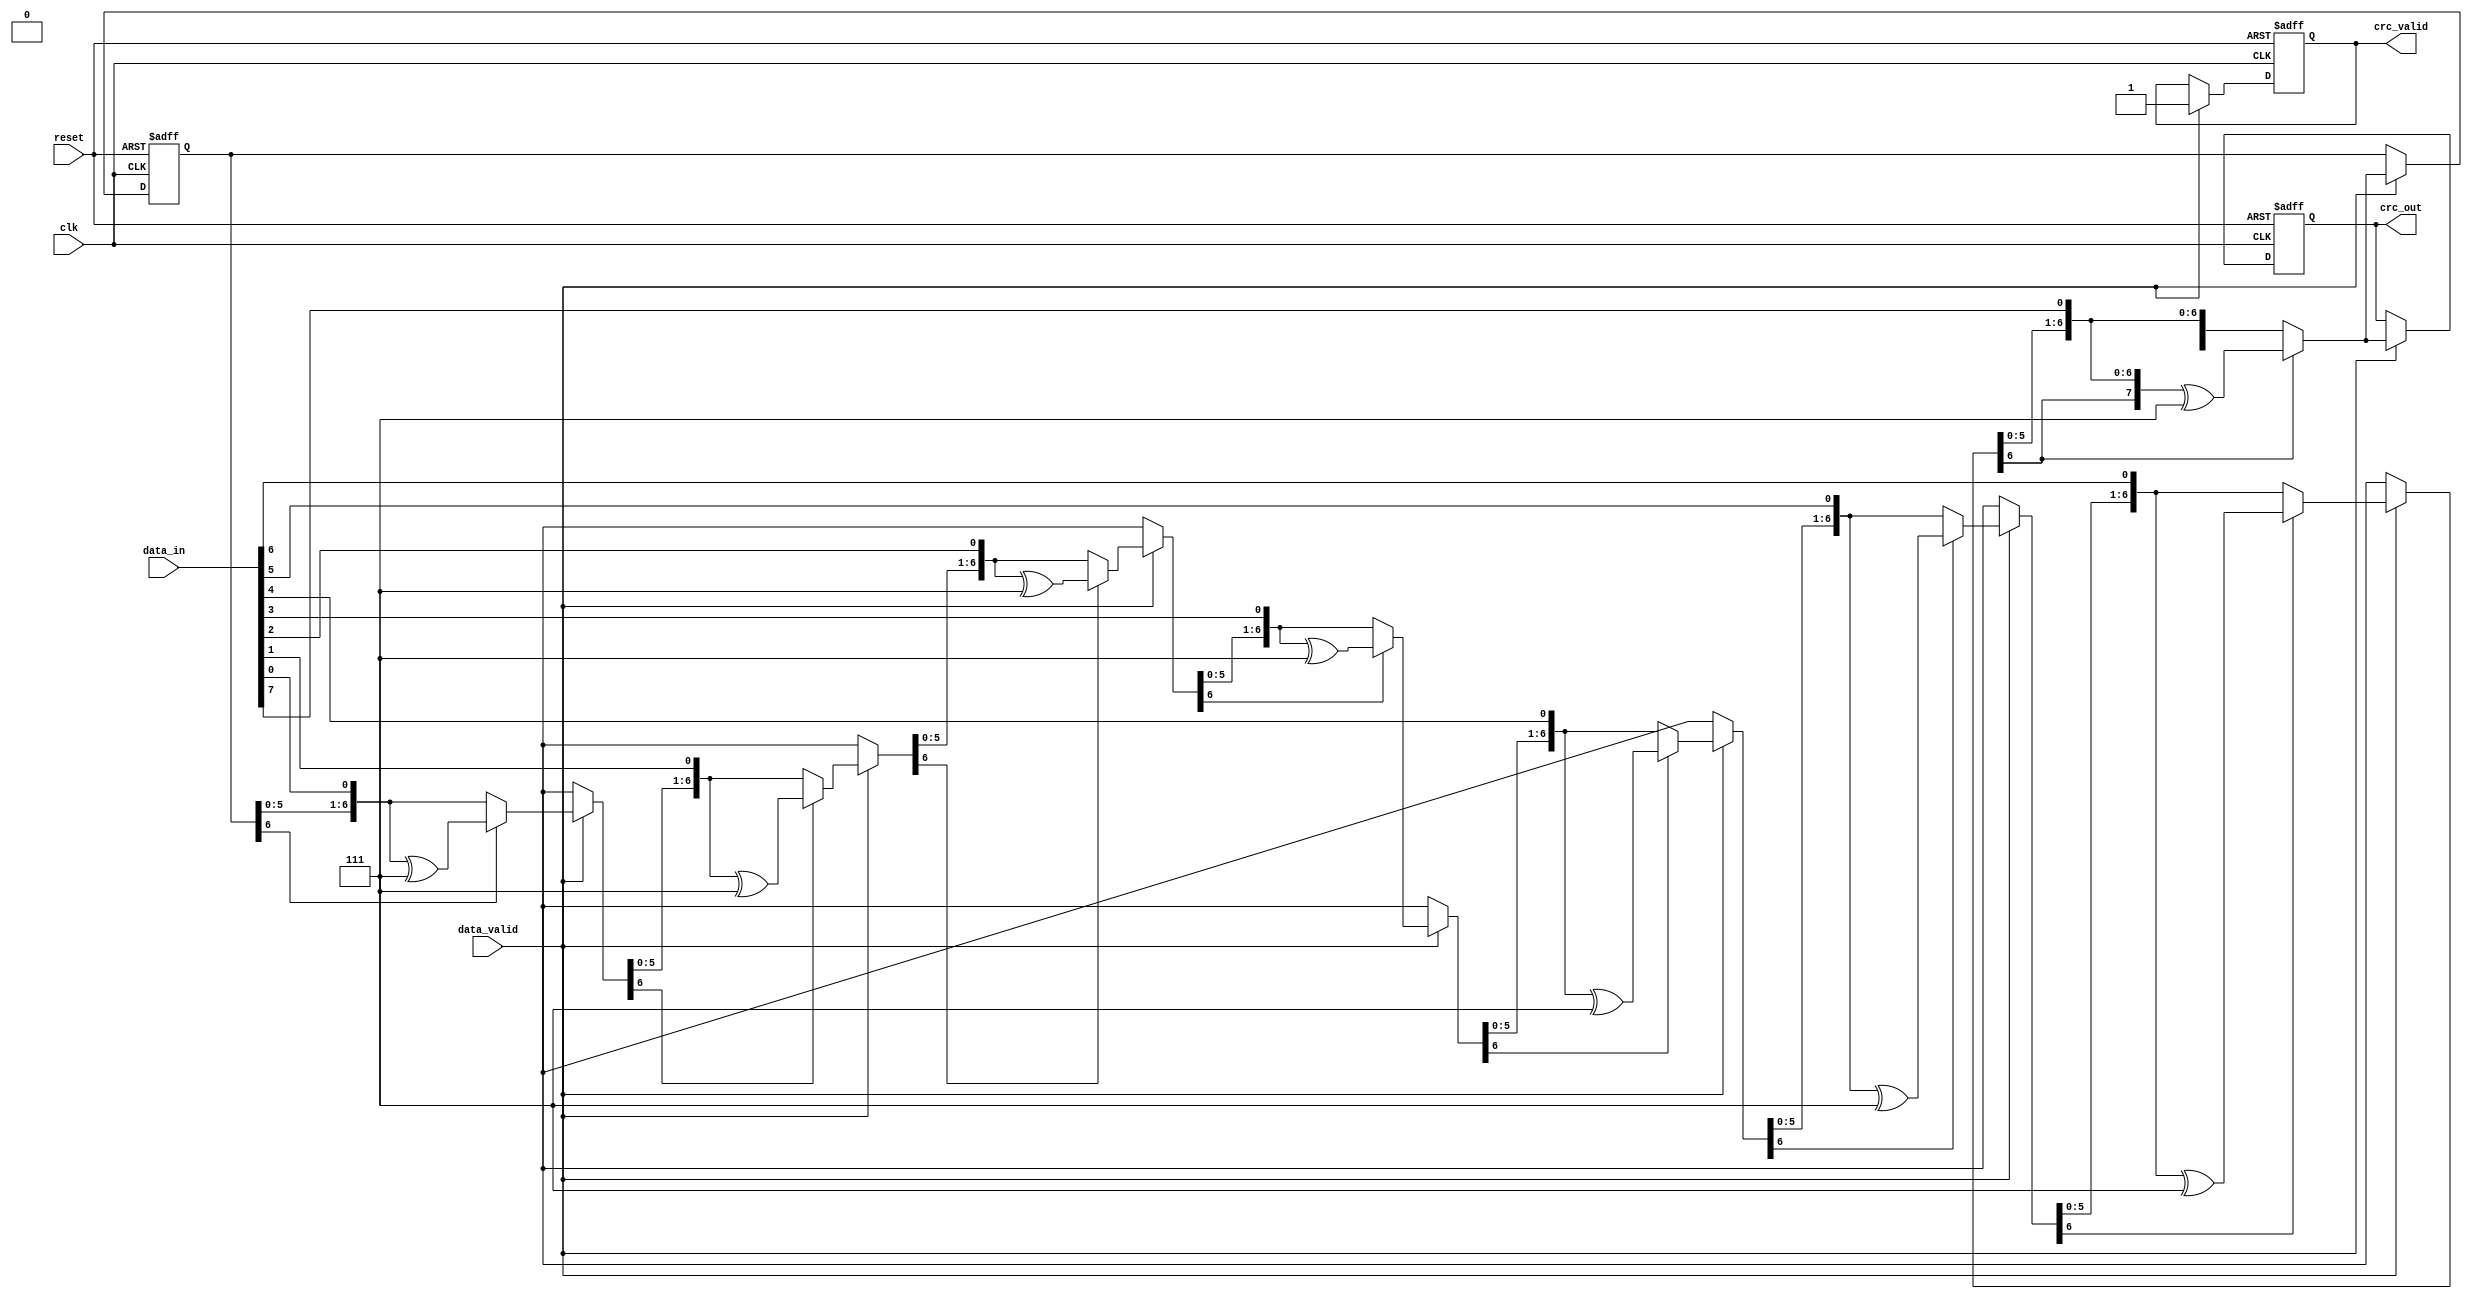
module parameterized_crc #(
    parameter CRC_WIDTH = 8,               // Width of the CRC output (8, 16, 32 bits)
    parameter [CRC_WIDTH-1:0] POLYNOMIAL = 8'h07, // Polynomial used for CRC calculation
    parameter [CRC_WIDTH-1:0] INITIAL_VALUE = {CRC_WIDTH{1'b0}}, // Initial value for CRC
    parameter REFLECT_INPUT = 1'b0,        // Reflect input data
    parameter REFLECT_OUTPUT = 1'b0        // Reflect output CRC
)(
    input wire clk,                        // Clock signal
    input wire reset,                      // Asynchronous reset signal
    input wire [7:0] data_in,             // Input data stream (8 bits)
    input wire data_valid,                 // Signal indicating valid data
    output reg [CRC_WIDTH-1:0] crc_out,   // Computed CRC value
    output reg crc_valid                   // Signal indicating valid CRC output
);

    reg [CRC_WIDTH-1:0] crc_reg;          // Current CRC value
    integer i;                             // Loop variable
    reg [7:0] data_buffer;                 // Buffer to hold reflected data

    always @(posedge clk or posedge reset) begin
        if (reset) begin
            // Initialize CRC register
            crc_reg <= INITIAL_VALUE;
            crc_out <= {CRC_WIDTH{1'b0}};
            crc_valid <= 1'b0;
        end else if (data_valid) begin
            // Reflect input data if necessary
            data_buffer = REFLECT_INPUT ? {data_in[0], data_in[1], data_in[2], data_in[3], data_in[4], data_in[5], data_in[6], data_in[7]} : data_in;

            // Process each bit of the input data
            for (i = 0; i < 8; i = i + 1) begin
                crc_reg = {crc_reg[CRC_WIDTH-2:0], data_buffer[i]}; // Shift in the data bit
                if (crc_reg[CRC_WIDTH-1]) begin
                    crc_reg = crc_reg ^ POLYNOMIAL; // XOR with polynomial if the MSB is set
                end
            end
            
            // Reflect output CRC if necessary
            crc_out <= REFLECT_OUTPUT ? reflect_crc(crc_reg) : crc_reg;
            crc_valid <= 1'b1; // Indicate that the CRC output is valid
        end
    end

    // Function to reflect the CRC output
    function [CRC_WIDTH-1:0] reflect_crc(input [CRC_WIDTH-1:0] value);
        integer j;
        begin
            reflect_crc = 0;
            for (j = 0; j < CRC_WIDTH; j = j + 1) begin
                reflect_crc[j] = value[CRC_WIDTH-1-j];
            end
        end
    endfunction

endmodule